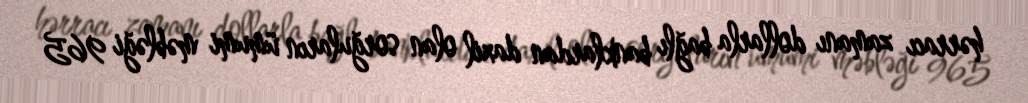
hərracı zamanı dollarla bağlı banklardan daxil olan sorğuların ümumi məbləği 965